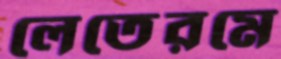
লেতেরমে